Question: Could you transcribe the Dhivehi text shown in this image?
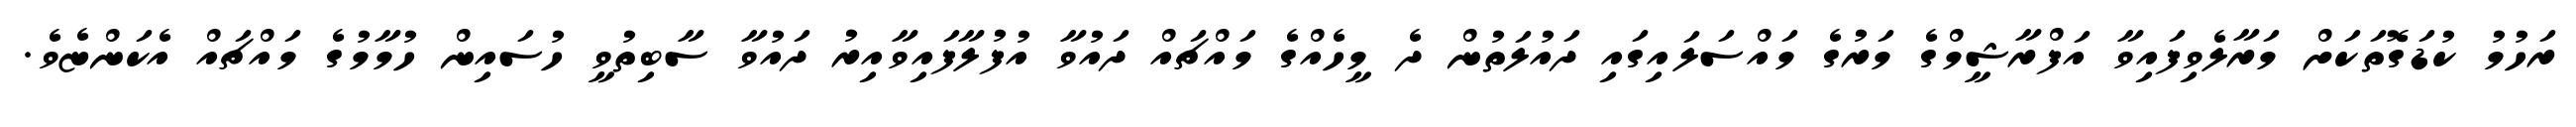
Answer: ރަހުމު ކުޑަގޮތަކަށް މަރާލެވިފައިވާ އަފްރާޝީމްގެ މަރުގެ މައްސަލައިގައި ދައުލަތުން ދެ މީހެއްގެ މައްޗައް ދައުވާ އުފުލާފައިވާއިރު ދައުވާ ސާބިތުވީ ހުސައިން ހުމާމުގެ މައްޗައް އެކަންޏެވެ.